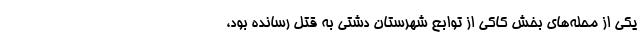
یکی از محله‌های بخش کاکی از توابع شهرستان دشتی به قتل رسانده بود،